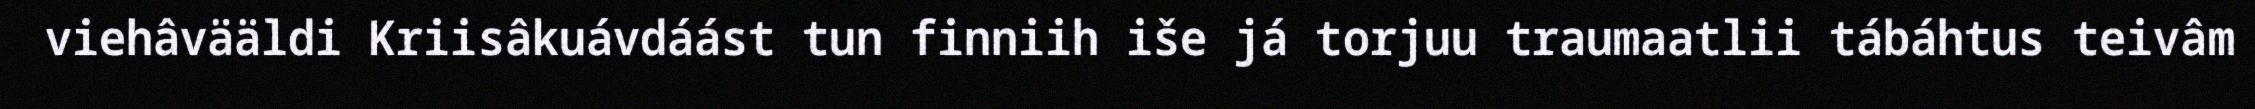
viehâvääldi Kriisâkuávdáást tun finniih iše já torjuu traumaatlii tábáhtus teivâm